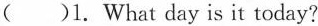
( )1. What day is it today?